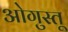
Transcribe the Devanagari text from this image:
ओगुस्तू